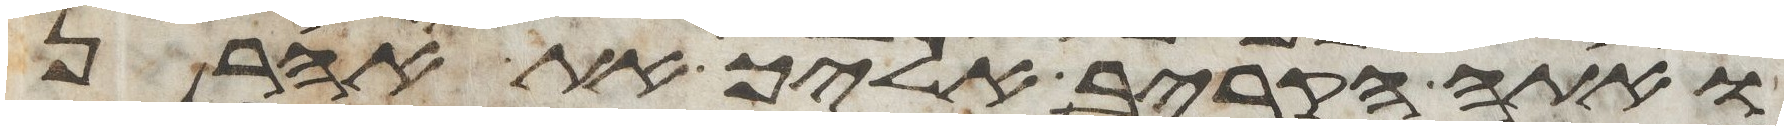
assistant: ואתה הקריב אליך את אהרן